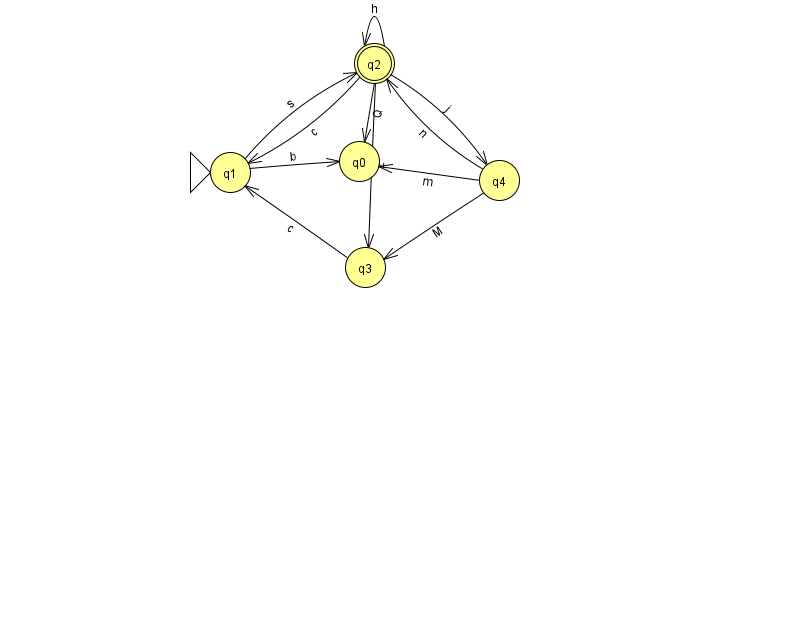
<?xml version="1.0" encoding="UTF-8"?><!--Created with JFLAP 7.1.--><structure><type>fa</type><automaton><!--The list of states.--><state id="0" name="q0"><x>359.0</x><y>148.0</y></state><state id="1" name="q1"><x>230.0</x><y>159.0</y><initial/></state><state id="2" name="q2"><x>374.0</x><y>50.0</y><final/></state><state id="3" name="q3"><x>365.0</x><y>254.0</y></state><state id="4" name="q4"><x>499.0</x><y>167.0</y></state><!--The list of transitions.--><transition><from>4</from><to>3</to><read>M</read></transition><transition><from>3</from><to>1</to><read>c</read></transition><transition><from>2</from><to>0</to><read>Q</read></transition><transition><from>2</from><to>3</to><read>z</read></transition><transition><from>1</from><to>0</to><read>b</read></transition><transition><from>2</from><to>2</to><read>h</read></transition><transition><from>2</from><to>4</to><read>j</read></transition><transition><from>4</from><to>0</to><read>m</read></transition><transition><from>4</from><to>2</to><read>n</read></transition><transition><from>1</from><to>2</to><read>s</read></transition><transition><from>2</from><to>1</to><read>c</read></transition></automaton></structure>